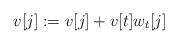
LaTeX: \begin{align*} v[j] \mathrel{:=} v[j] + v[t] w_{t}[j] \end{align*}